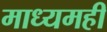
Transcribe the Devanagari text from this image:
माध्यमही